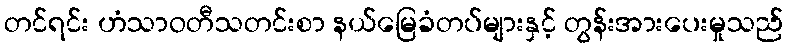
တင်ရင်း ဟံသာဝတီသတင်းစာ နယ်မြေခံတပ်များနှင့် တွန်းအားပေးမှုသည်